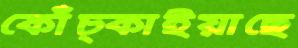
কোঁচ্‌কাইয়াছে